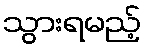
သွားရမည့်